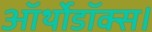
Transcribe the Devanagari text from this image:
ऑर्थोडॉक्स।